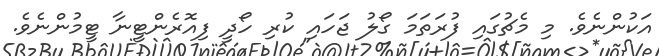
އަކުންނެވެ. މި މެޗުގައި ފުރަތަމަ ގޯލު ޖަހައި ކުރި ހޯދީ ފިއޮރެންޓީނާ ޓީމުންނެވެ.